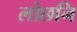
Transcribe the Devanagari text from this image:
लोछनि